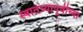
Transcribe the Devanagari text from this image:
स्वातंत्र्यापूर्वीच्या